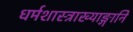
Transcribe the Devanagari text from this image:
धर्मशास्त्राख्याङ्गानि